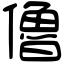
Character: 𠐔